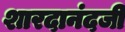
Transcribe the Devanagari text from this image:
शारदानंदजी